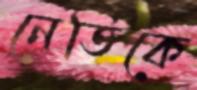
নেতিকে